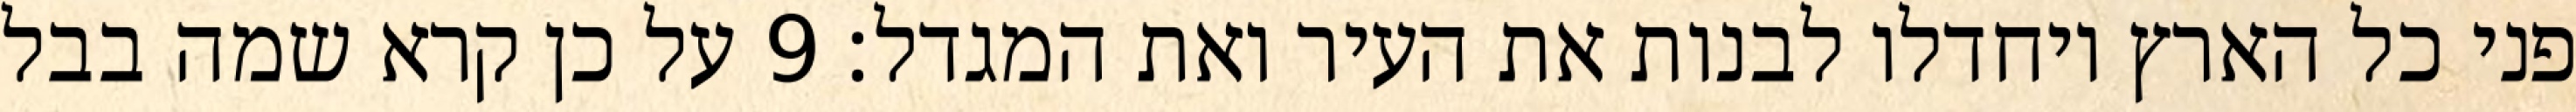
פני כל הארץ ויחדלו לבנות את העיר ואת המגדל׃ ‎9‏ על כן קרא שמה בבל